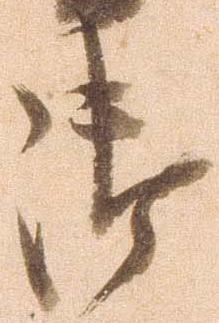
御